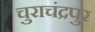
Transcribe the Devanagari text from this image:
चुराचंद्रपुर